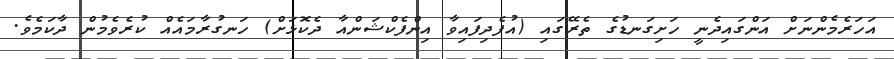
އަހަރެމެންނަށް އަންގައިދެނީ ހަށިގަނޑުގެ ތެރޭގައި (އުފެދިފައިވާ އިންފެކްޝަންއާ ދެކޮޅަށް) ހަނގުރާމައެއް ކުރެވެމުން ދާކަމެވެ.